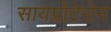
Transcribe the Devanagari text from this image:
सायप्रोटेरोन